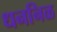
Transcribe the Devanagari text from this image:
धननिळ